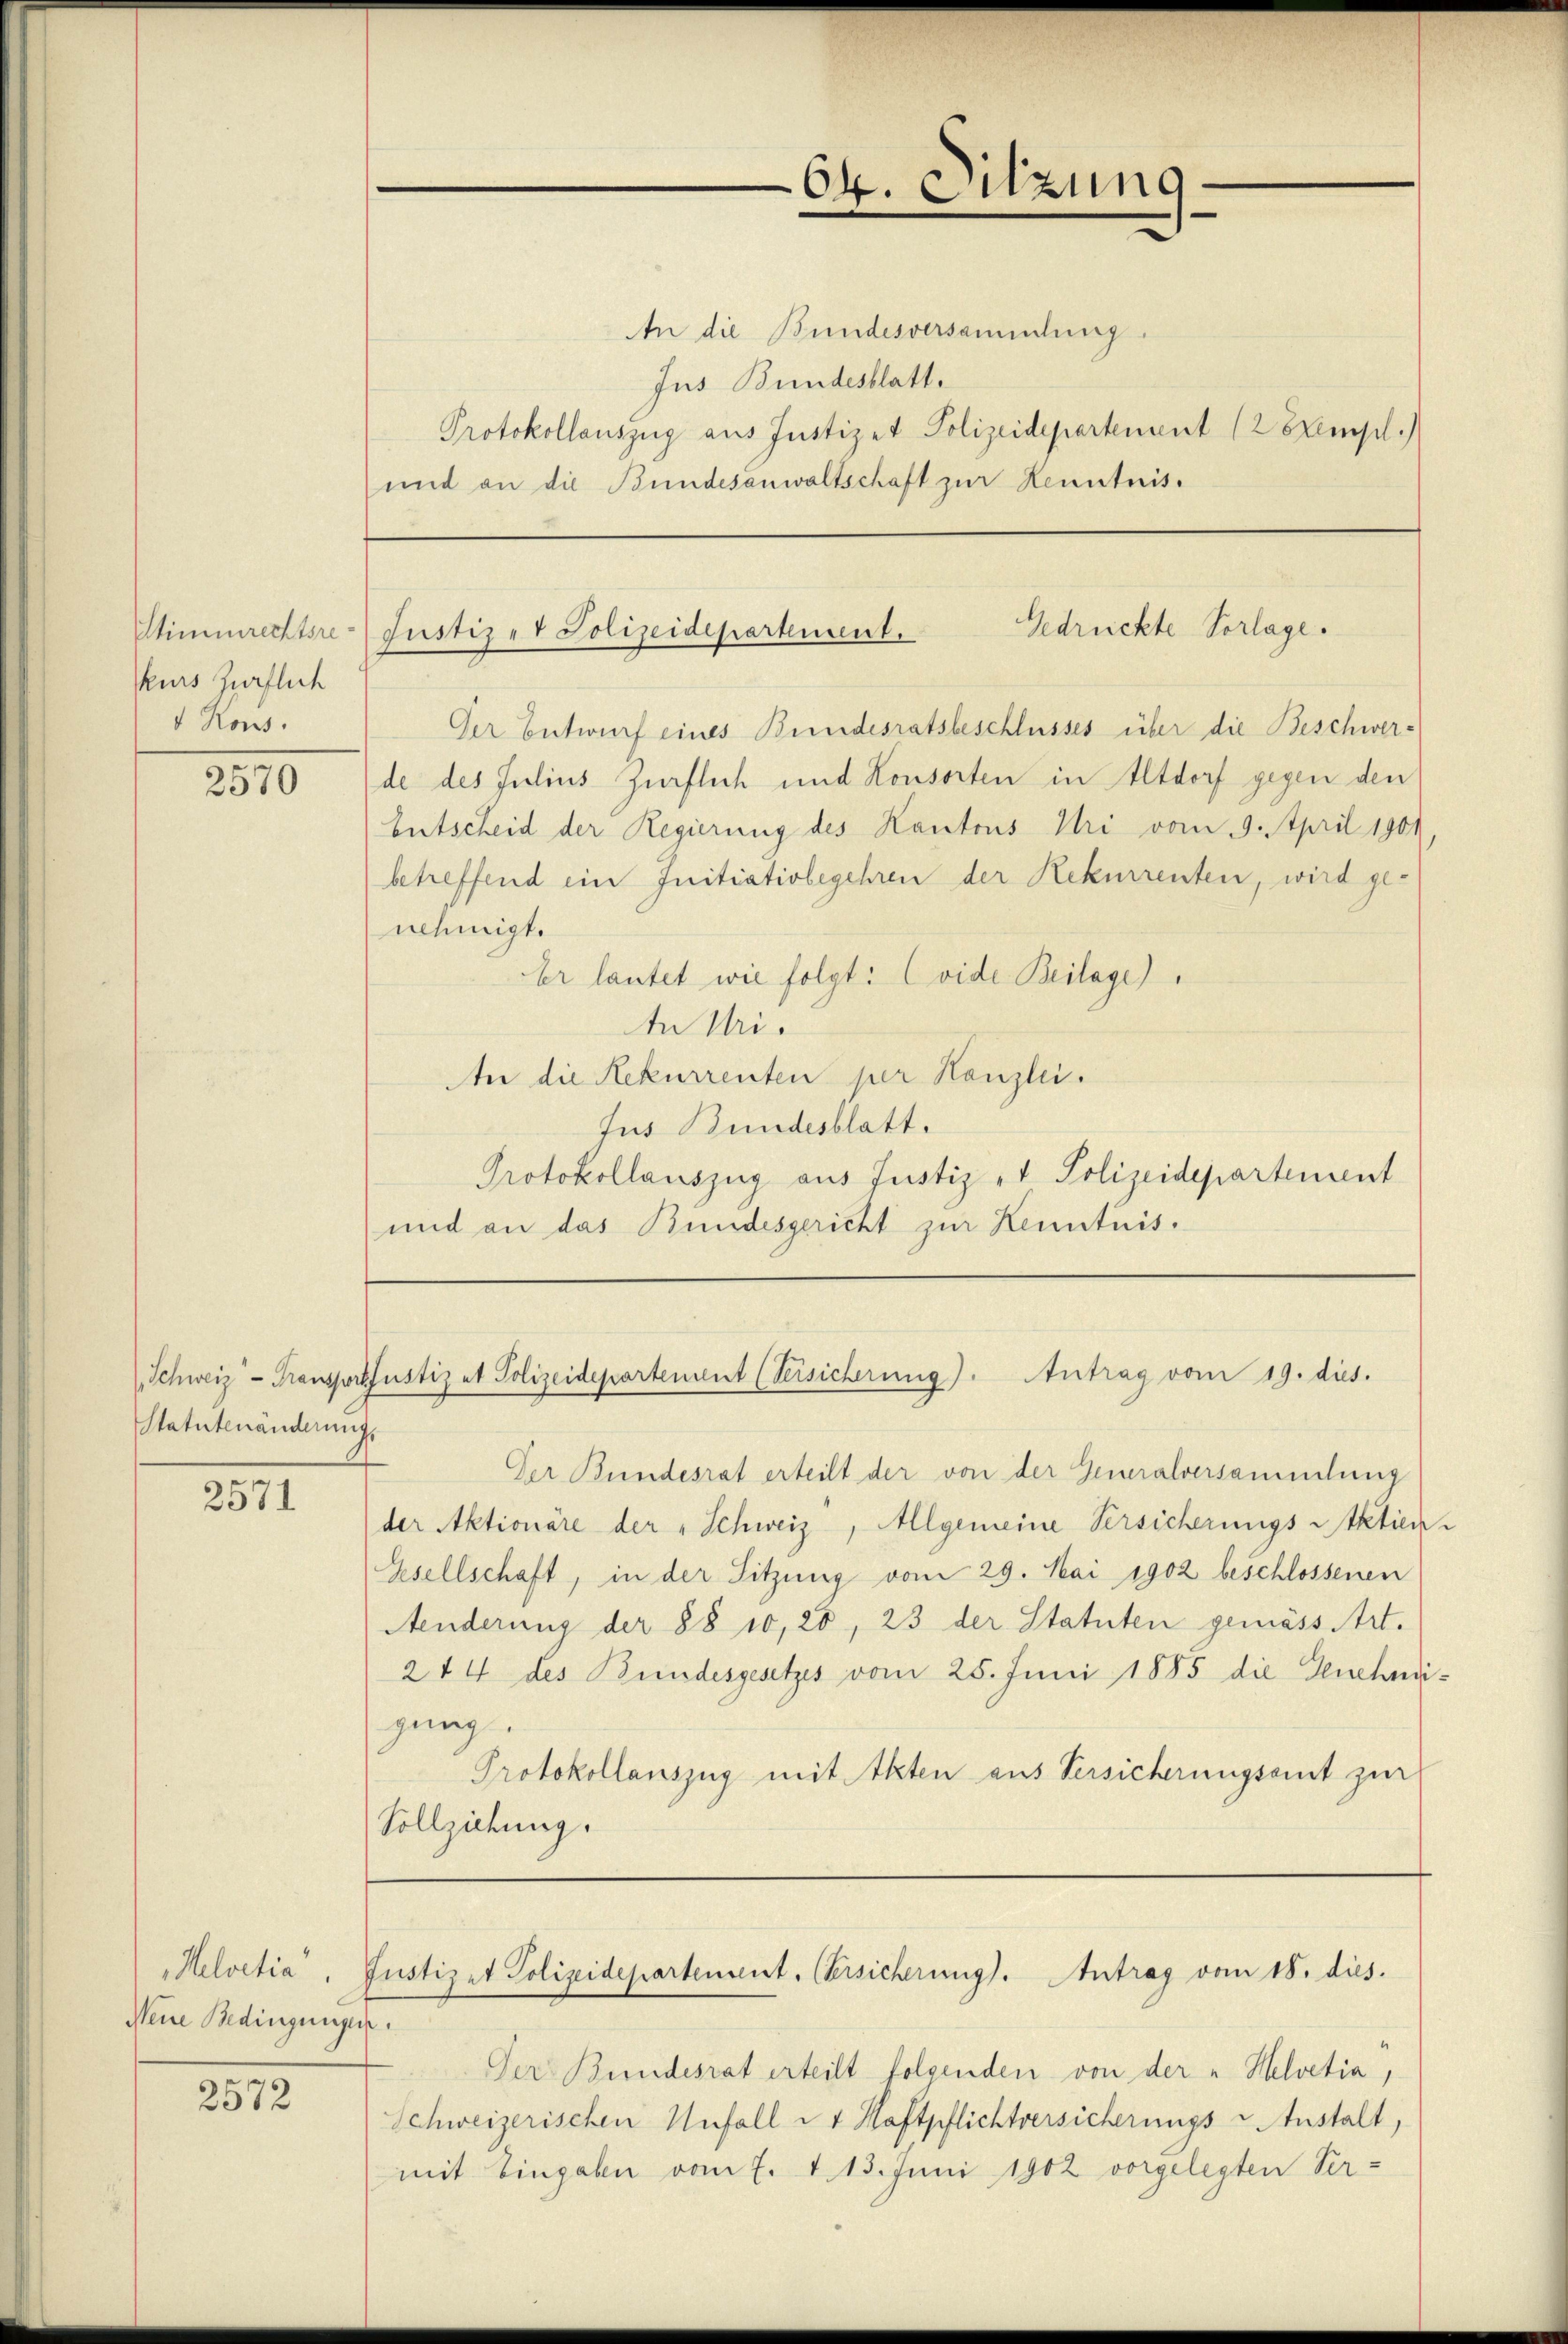
Stimmrechtsrekurs fürflich
 Rous.

2570

Statutenänderung,

2571

Helvetia
Weine Bedingungen.

2572

64. Sitzung

An die Bundesversammlung.
Jus Bundesblatt.
Protokollauszug aus Justizet Polizeidepartement (2 Exempl.)
und an die Bundesanwaltschaft zur Kenntnis.

Gedrückte Vorlage.
Justiz- & Polizeidepartement.

Entscheid der Regierung des Kantons Uri vom 9. April 1901.

Der Bundesrat erteilt der von der Generalversammlung
der Aktionäre der „Schweiz, Allgemeine Versicherungs Aktien
Gesellschaft, in der Sitzung vom 29. Mai 1902 beschlossenen
Aenderung der §§ 10, 20, 23 der Statuten gemäss Art.
2t 4 des Bundesgesetzes vom 25. Juni 1885 die Genehmigung.
Protokollauszug mit Akten aus Versicherungsamt zur
Vollziehung.

Der Bundesrat erteilt folgenden von der „Helvetia,
Schweizerischen Unfall u 1 Haftpflichtversicherungs-Instalt,
mit Eingaben vom 7. d. 13. Juni 1902 vorgelegten Ver¬

Schweiz - Transportfustiz et Polizeidepartement (Versicherung). Antrag vom 19. dies.

Justizet Polizeidepartement. Versicherung. Antrag vom 18. dies.

Der Entwurf eines Bundesratsbeschlusses über die Beschwerde des Julius Zürflich und Konsorten in Altdorf gegen den
betreffend ein Initiativbegehren der Rekurrenten, wird genehmigt.
Er lautet wie folgt: (vide Beilage)
In Uri.
An die Rekurrenten per Kanzlei.
Jus Bundesblatt.
Protokollauszug aus Justiz- & Polizeidepartement
und an das Bundesgericht zur Kenntnis.